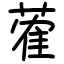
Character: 蒮